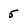
Character: 5